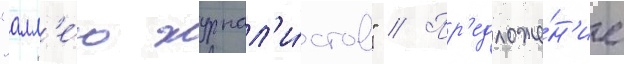
"алл'е́ю журнал'и́стов" // Пр'едложе́н'ие